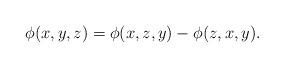
LaTeX: \begin{align*}\phi(x,y,z)=\phi(x,z,y)-\phi(z,x,y).\end{align*}